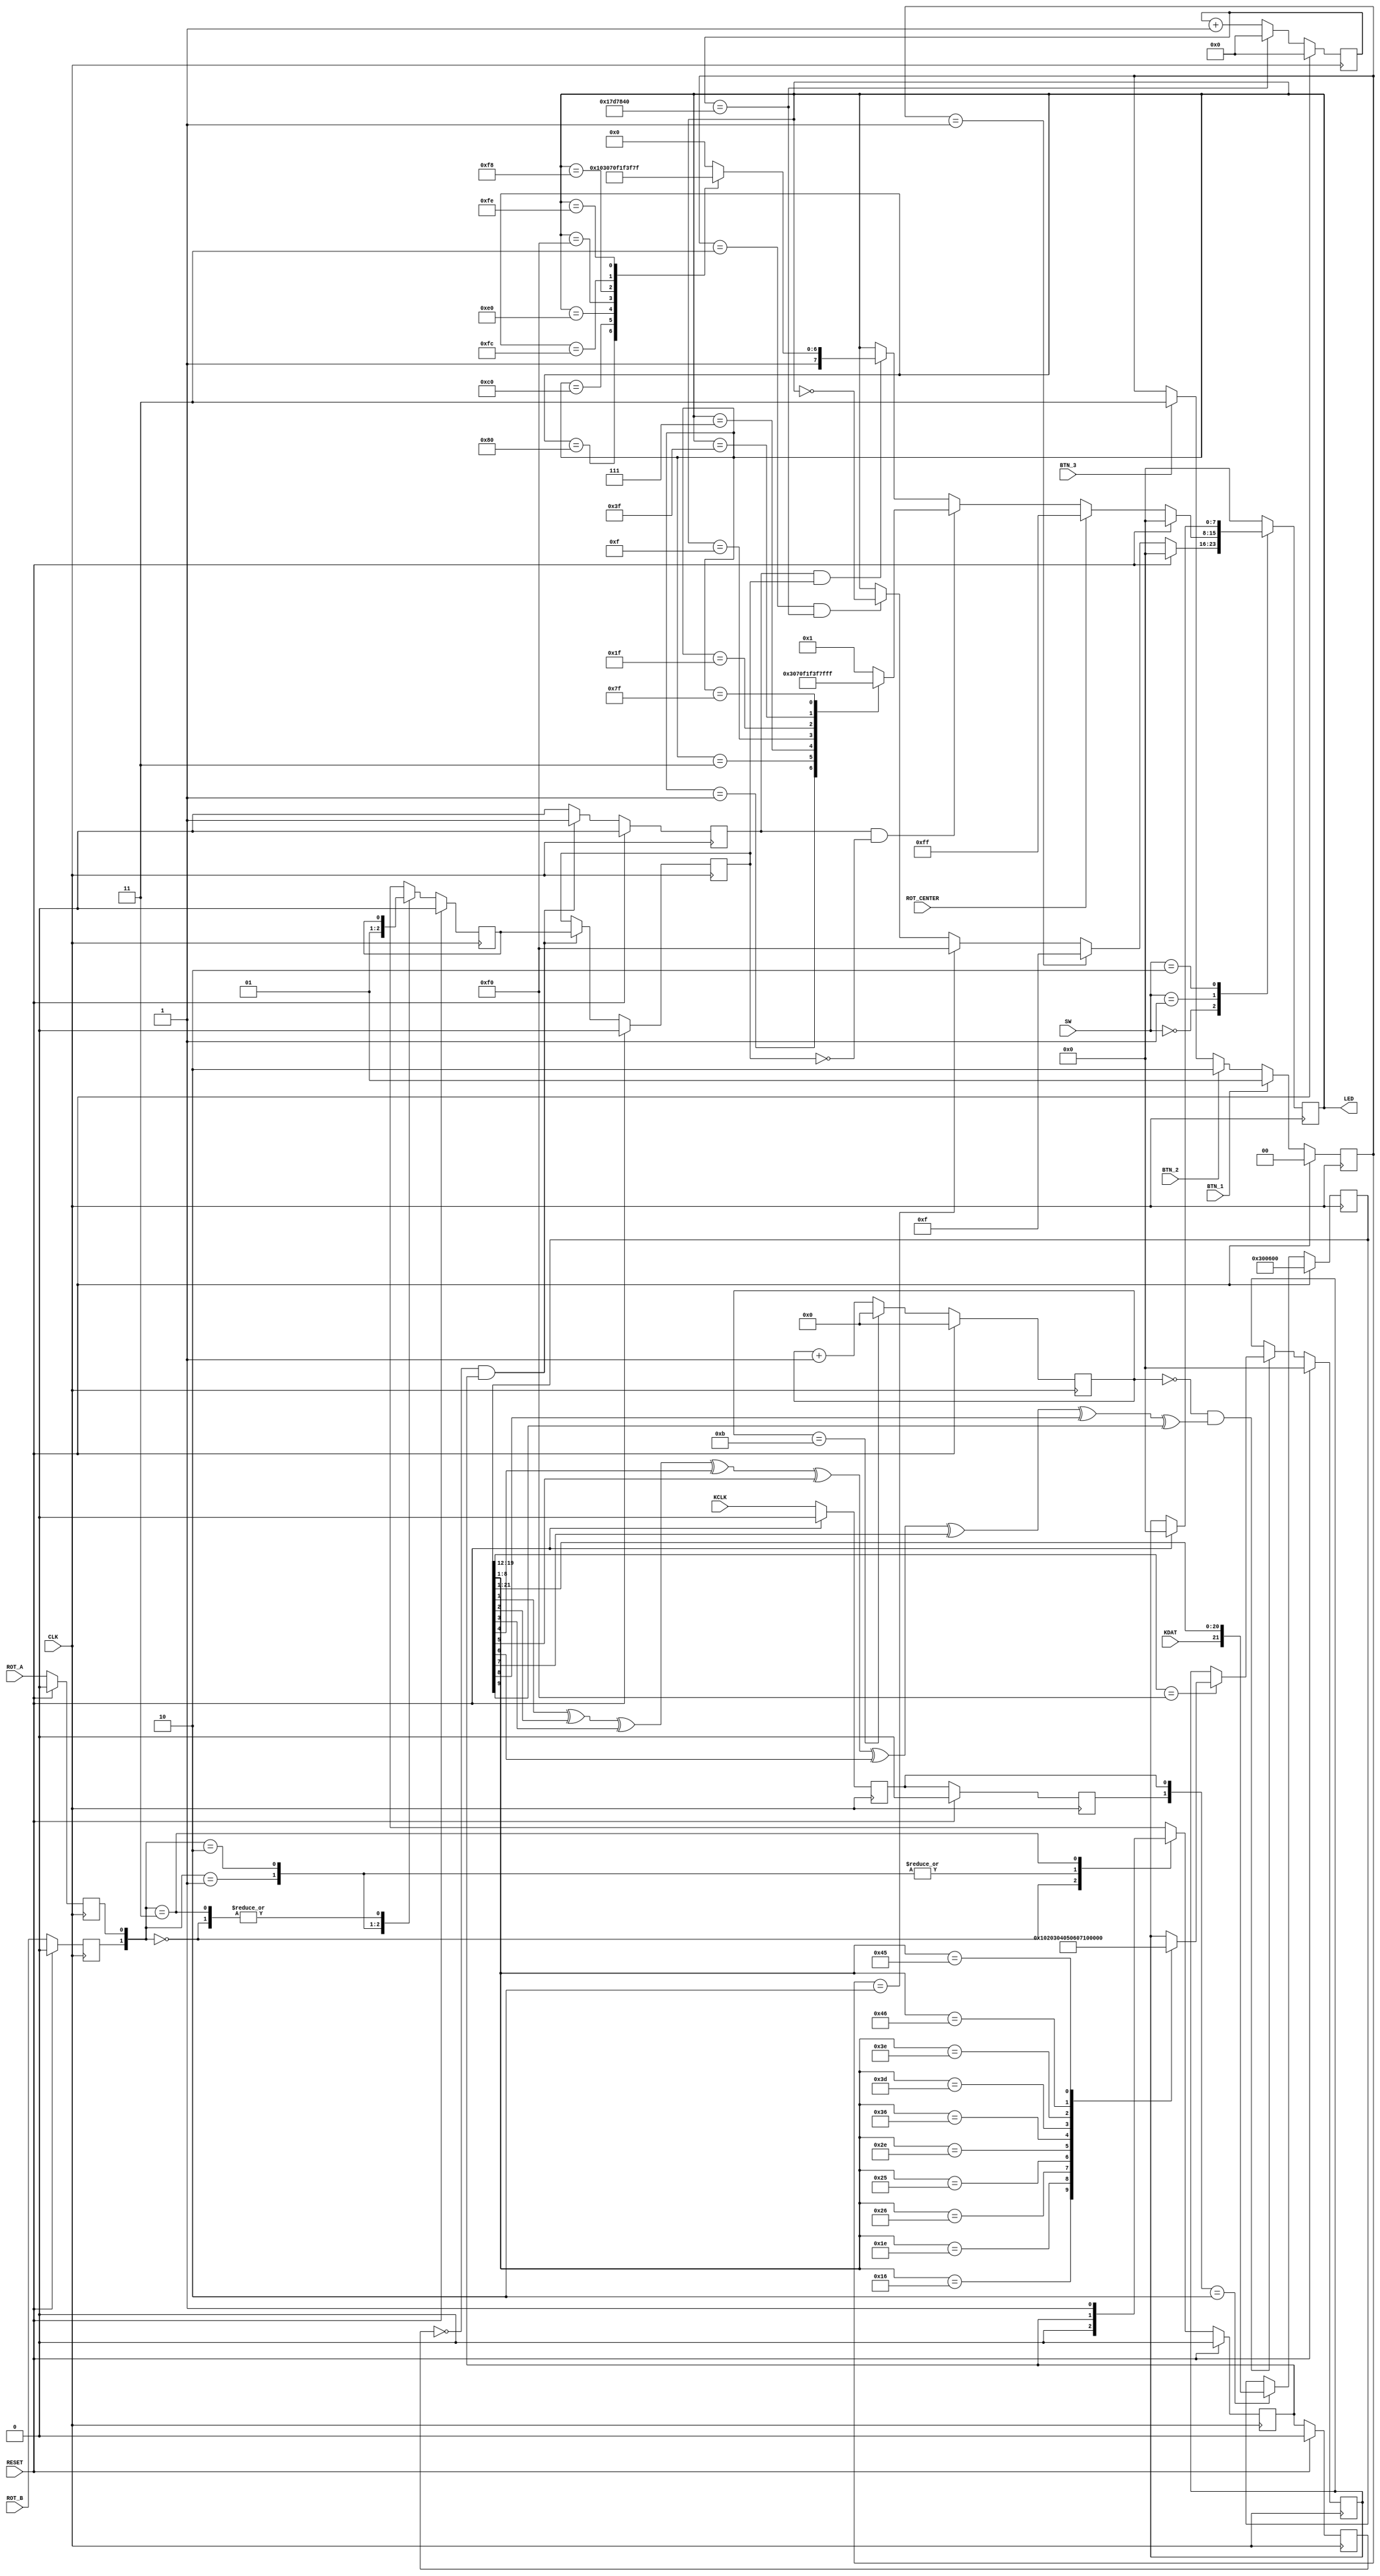
`timescale 1ns / 1ps
//////////////////////////////////////////////////////////////////////////////////
// Company: 
// Engineer: 
// 
// Design Name: 
// Module Name:    top 
// Project Name: 
// Target Devices: Button,Knob,Keyboard
// Tool versions: 
// Description: 
//
// Dependencies: 
//
// Revision: 
// Revision 0.01 - File Created
// Additional Comments: 
//
//////////////////////////////////////////////////////////////////////////////////
`define MAX 25000000
`define KEY_MAX 11
module top(CLK, RESET, KDAT, KCLK, SW, BTN_1, BTN_2, BTN_3, ROT_A, ROT_B, ROT_CENTER, LED);

    input               CLK, RESET, KDAT, KCLK, BTN_1, BTN_2, BTN_3, ROT_A, ROT_B, ROT_CENTER;
    input       [3:0]   SW;
    output reg  [7:0]   LED;

    reg         [25:0]  COUNTER;
    reg         [3:0]       KEY_COUNTER;
    reg         [1:0]       BTN_MODE;
    reg                     pre_rotary_q1;
    reg                     rotary_q1, rotary_q2, rotary_a_in, rotary_b_in, rotary_valid, rotary_direction;
    reg         [7:0]       DATA;
    reg                     c_state, n_state;
    reg         [21:0]  KEY_REG;
    
    // rotary_a_in, rotary_b_in
    always@(posedge CLK) begin
        if (RESET) begin
            rotary_a_in <= 0;
            rotary_b_in <= 0;
        end
        else begin
            rotary_a_in <= ROT_A;
            rotary_b_in <= ROT_B;
        end
    end
    
    // rotary_q1, rotary_q2
    always@(posedge CLK) begin
        if (RESET) begin
            rotary_q1 <= 0;
            rotary_q2 <= 0;
        end
        else begin
            case({rotary_b_in, rotary_a_in})
                2'b00: begin
                    rotary_q1 <= 0;
                    rotary_q2 <= rotary_q2;
                end
                2'b01: begin
                    rotary_q1 <= rotary_q1;
                    rotary_q2 <= 0;
                end
                2'b10: begin
                    rotary_q1 <= rotary_q1;
                    rotary_q2 <= 1;
                end
                2'b11: begin
                    rotary_q1 <= 1;
                    rotary_q2 <= rotary_q2;
                end
                default: begin
                    rotary_q1 <= rotary_q1;
                    rotary_q2 <= rotary_q2;
                end
            endcase
        end
    end
    
    // pre_rotary_q1
    always@(posedge CLK) begin
        if (RESET) pre_rotary_q1 = 0;
        else pre_rotary_q1 = rotary_q1;
    end
    
    // rotary_valid, rotary_direction
    always@(posedge CLK) begin
        if (RESET) begin
            rotary_valid <= 0;
            rotary_direction <= 0;
        end
        else if (pre_rotary_q1 == 0 && rotary_q1 == 1) begin
            rotary_valid <= 1;
            rotary_direction <= rotary_q2;
        end
        else begin
            rotary_valid <= 0;
            rotary_direction <= rotary_direction;
        end
    end
    
    // COUNTER
    always@(posedge CLK) begin
        if (RESET) COUNTER = 0;
        else if (COUNTER == `MAX) COUNTER = 0;
        else COUNTER = COUNTER + 1;
    end
    
    //KEY_COUNTER
    always@(posedge CLK) begin
        if (RESET) KEY_COUNTER = 0;
        else if (KEY_COUNTER == `KEY_MAX) KEY_COUNTER = 0;
        else KEY_COUNTER = KEY_COUNTER + 1;
    end
    
    // c_state, n_state
    always@(posedge CLK) begin
        if (RESET) begin
            c_state <= 0;
            n_state <= 0;
        end
        else begin
            c_state <= n_state;
            n_state <= KCLK;
        end
    end
    
    // KEY_REG
    always@(posedge CLK) begin
        if (RESET)  KEY_REG = 22'b11_00000000_0_11_00000000_0;
        else begin
            case({c_state, n_state})
                2'b10: KEY_REG = {KDAT, KEY_REG[21:1]};
                default: KEY_REG = KEY_REG;
            endcase
        end
    end 
    
    // check
    wire check = KEY_REG[1]^KEY_REG[2]^KEY_REG[3]^KEY_REG[4]^KEY_REG[5]^KEY_REG[6]^KEY_REG[7]^KEY_REG[8]^KEY_REG[9];
    
    //DATA
    always@(posedge CLK) begin
        if (RESET) DATA = 0;
        else if (KEY_COUNTER == 0 && check == 1) begin
            if (KEY_REG[19:12] == 8'hf0) begin
                case(KEY_REG[8:1]) // 1 ~ 9, 0
                    8'h16: DATA = 1;
                    8'h1E: DATA = 2;
                    8'h26: DATA = 3;
                    8'h25: DATA = 4;
                    8'h2E: DATA = 5;
                    8'h36: DATA = 6;
                    8'h3D: DATA = 7;
                    8'h3E: DATA = 8;
                    8'h46: DATA = 9;
                    8'h45: DATA = 8'b11111111;
                    default: DATA = DATA;
                endcase
            end
        end
    end

    
    // BTN_MODE
    always@(posedge CLK) begin
        if (RESET) BTN_MODE = 0;
        else if (BTN_1) BTN_MODE = 1;
        else if (BTN_2) BTN_MODE = 2;
        else if (BTN_3) BTN_MODE = 3;
        else BTN_MODE = BTN_MODE;
    end 
    
    // LED
    always@(posedge CLK) begin
        case(SW)
        0: begin
            if (RESET) LED = 0;
            else if (BTN_MODE == 1) LED = 8'b00001111;
            else if (BTN_MODE == 2) LED = 8'b11110000;
            else if (BTN_MODE == 3 && COUNTER == `MAX) LED = ~LED;
            else LED = LED;
        end
        1: begin
            if (RESET) LED = 0;
            else if (ROT_CENTER) LED = 8'b11111111;
            else if (rotary_valid == 1 && rotary_direction == 0) begin //turn right
                case(LED)
                    8'b00000000: LED = 8'b00000001;
                    8'b00000001: LED = 8'b00000011;
                    8'b00000011: LED = 8'b00000111;
                    8'b00000111: LED = 8'b00001111;
                    8'b00001111: LED = 8'b00011111;
                    8'b00011111: LED = 8'b00111111;
                    8'b00111111: LED = 8'b01111111;
                    8'b01111111: LED = 8'b11111111;
                    8'b11111111: LED = 8'b00000001;
                    default: LED = 8'b00000001;
                endcase
            end
            else if (rotary_valid == 1 && rotary_direction == 1) begin // turn left         
                case(LED)
                    8'b00000000: LED = 8'b10000000;
                    8'b10000000: LED = 8'b11000000;
                    8'b11000000: LED = 8'b11100000;
                    8'b11100000: LED = 8'b11110000;
                    8'b11110000: LED = 8'b11111000;
                    8'b11111000: LED = 8'b11111100;
                    8'b11111100: LED = 8'b11111110;
                    8'b11111110: LED = 8'b11111111;
                    8'b11111111: LED = 8'b10000000;
                    default: LED = 8'b10000000;
                endcase
            end
            else LED = LED;
        end
        2: begin
            if (RESET) LED = 0;
            else LED = DATA;
        end
        default: LED = 0;
        endcase
    end
    
endmodule